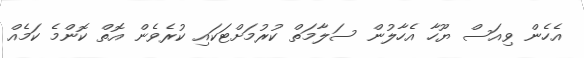
އެހެން ވިއަސް ޔޫހާ އެހާލުން ސަލާމަތް ކުރުމަށްޓަކައި ކުރެވެން އޮތް ކޮންމެ ކަމެއް